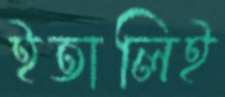
ইতালিই